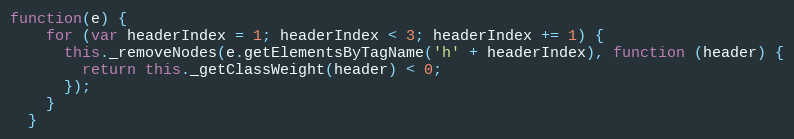
Language: JavaScript
function(e) {
    for (var headerIndex = 1; headerIndex < 3; headerIndex += 1) {
      this._removeNodes(e.getElementsByTagName('h' + headerIndex), function (header) {
        return this._getClassWeight(header) < 0;
      });
    }
  }